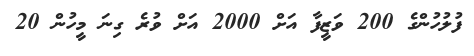
ފުލުހުންގެ 200 ވަޒީފާ އަށް 2000 އަށް ވުރެ ގިނަ މީހުން 20